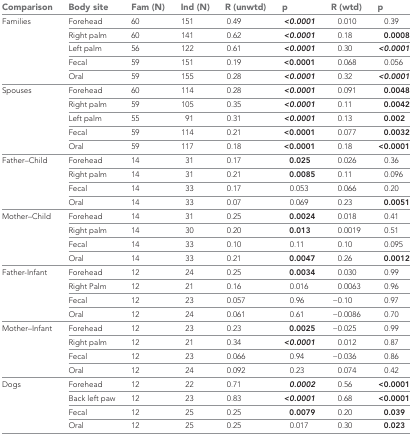
<table><thead><tr><td><b>Comparison</b></td><td><b>Body site</b></td><td><b>Fam (N)</b></td><td><b>Ind (N)</b></td><td><b>R (unwtd)</b></td><td><b>p</b></td><td><b>R (wtd)</b></td><td><b>p</b></td></tr></thead><tbody><tr><td rowspan="5">Families</td><td>Forehead</td><td>60</td><td>151</td><td>0.49</td><td><b><i>&lt;0.0001</i></b></td><td>0.010</td><td>0.39</td></tr><tr><td>Right palm</td><td>60</td><td>141</td><td>0.62</td><td><b><i>&lt;0.0001</i></b></td><td>0.18</td><td><b>0.0008</b></td></tr><tr><td>Left palm</td><td>56</td><td>122</td><td>0.61</td><td><b><i>&lt;0.0001</i></b></td><td>0.30</td><td><b><i>&lt;0.0001</i></b></td></tr><tr><td>Fecal</td><td>59</td><td>151</td><td>0.19</td><td><b>&lt;0.0001</b></td><td>0.068</td><td>0.056</td></tr><tr><td>Oral</td><td>59</td><td>155</td><td>0.28</td><td><b><i>&lt;0.0001</i></b></td><td>0.32</td><td><b><i>&lt;0.0001</i></b></td></tr><tr><td rowspan="5">Spouses</td><td>Forehead</td><td>60</td><td>114</td><td>0.28</td><td><b><i>&lt;0.0001</i></b></td><td>0.091</td><td><b>0.0048</b></td></tr><tr><td>Right palm</td><td>59</td><td>105</td><td>0.35</td><td><b><i>&lt;0.0001</i></b></td><td>0.11</td><td><b>0.0042</b></td></tr><tr><td>Left palm</td><td>55</td><td>91</td><td>0.31</td><td><b><i>&lt;0.0001</i></b></td><td>0.13</td><td><b>0.002</b></td></tr><tr><td>Fecal</td><td>59</td><td>114</td><td>0.21</td><td><b>&lt;0.0001</b></td><td>0.077</td><td><b>0.0032</b></td></tr><tr><td>Oral</td><td>59</td><td>117</td><td>0.18</td><td><b>&lt;0.0001</b></td><td>0.18</td><td><b>&lt;0.0001</b></td></tr><tr><td rowspan="4">Father–Child</td><td>Forehead</td><td>14</td><td>31</td><td>0.17</td><td><b>0.025</b></td><td>0.026</td><td>0.36</td></tr><tr><td>Right palm</td><td>14</td><td>31</td><td>0.21</td><td><b>0.0085</b></td><td>0.11</td><td>0.096</td></tr><tr><td>Fecal</td><td>14</td><td>33</td><td>0.17</td><td>0.053</td><td>0.066</td><td>0.20</td></tr><tr><td>Oral</td><td>14</td><td>33</td><td>0.07</td><td>0.069</td><td>0.23</td><td><b>0.0051</b></td></tr><tr><td rowspan="4">Mother–Child</td><td>Forehead</td><td>14</td><td>31</td><td>0.25</td><td><b>0.0024</b></td><td>0.018</td><td>0.41</td></tr><tr><td>Right palm</td><td>14</td><td>30</td><td>0.20</td><td><b>0.013</b></td><td>0.0019</td><td>0.51</td></tr><tr><td>Fecal</td><td>14</td><td>33</td><td>0.10</td><td>0.11</td><td>0.10</td><td>0.095</td></tr><tr><td>Oral</td><td>14</td><td>33</td><td>0.21</td><td><b>0.0047</b></td><td>0.26</td><td><b>0.0012</b></td></tr><tr><td rowspan="4">Father-Infant</td><td>Forehead</td><td>12</td><td>24</td><td>0.25</td><td><b>0.0034</b></td><td>0.030</td><td>0.99</td></tr><tr><td>Right Palm</td><td>12</td><td>21</td><td>0.16</td><td>0.016</td><td>0.0063</td><td>0.96</td></tr><tr><td>Fecal</td><td>12</td><td>23</td><td>0.057</td><td>0.96</td><td>−0.10</td><td>0.97</td></tr><tr><td>Oral</td><td>12</td><td>24</td><td>0.061</td><td>0.61</td><td>−0.0086</td><td>0.70</td></tr><tr><td rowspan="4">Mother–Infant</td><td>Forehead</td><td>12</td><td>23</td><td>0.23</td><td><b>0.0025</b></td><td>−0.025</td><td>0.99</td></tr><tr><td>Right palm</td><td>12</td><td>21</td><td>0.34</td><td><b><i>&lt;0.0001</i></b></td><td>0.012</td><td>0.87</td></tr><tr><td>Fecal</td><td>12</td><td>23</td><td>0.066</td><td>0.94</td><td>−0.036</td><td>0.86</td></tr><tr><td>Oral</td><td>12</td><td>24</td><td>0.092</td><td>0.23</td><td>0.074</td><td>0.42</td></tr><tr><td rowspan="4">Dogs</td><td>Forehead</td><td>12</td><td>22</td><td>0.71</td><td><b><i>0.0002</i></b></td><td>0.56</td><td><b>&lt;0.0001</b></td></tr><tr><td>Back left paw</td><td>12</td><td>23</td><td>0.83</td><td><b><i>&lt;0.0001</i></b></td><td>0.68</td><td><b>&lt;0.0001</b></td></tr><tr><td>Fecal</td><td>12</td><td>25</td><td>0.25</td><td><b>0.0079</b></td><td>0.20</td><td><b>0.039</b></td></tr><tr><td>Oral</td><td>12</td><td>25</td><td>0.25</td><td>0.017</td><td>0.30</td><td><b>0.023</b></td></tr></tbody></table>